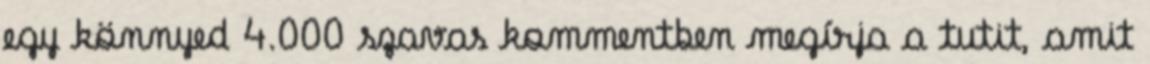
egy könnyed 4.000 szavas kommentben megírja a tutit, amit